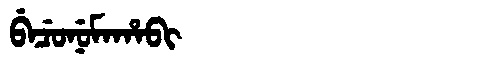
Manchu: ᠪᡝᠴᡠᠨᡠᠮᠠᡥᠠᠪᡳ
Romanization: BECUNUMAHABI